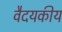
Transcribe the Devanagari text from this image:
वैदयकीय